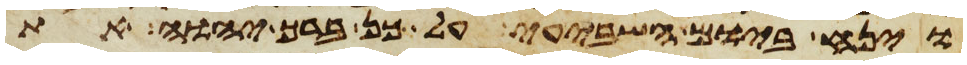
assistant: וינח ביום השביעי על כן ברך יהוה את